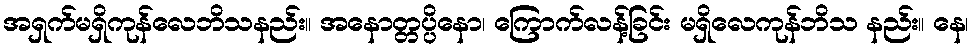
အရှက်မရှိကုန်လေဘိသနည်း။ အနောတ္တပ္ပိနော၊ ကြောက်လန့်ခြင်း မရှိလေကုန်ဘိသ နည်း။ နေ၊